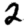
Digit: 2